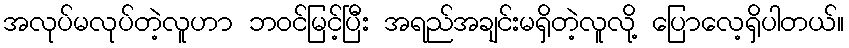
အလုပ်မလုပ်တဲ့လူဟာ ဘဝင်မြင့်ပြီး အရည်အချင်းမရှိတဲ့လူလို့ ပြောလေ့ရှိပါတယ်။